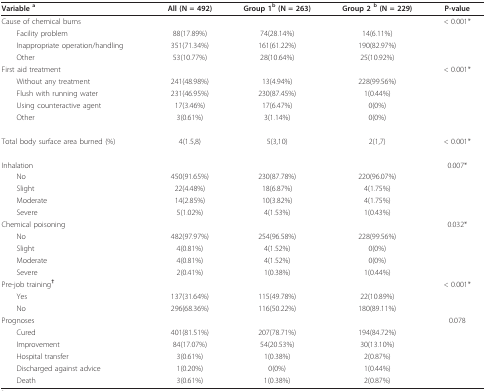
<table><thead><tr><td><b>Variable <sup>a</sup></b></td><td><b>All (N = 492)</b></td><td><b>Group 1<sup>b </sup>(N = 263)</b></td><td><b>Group 2 <sup>b </sup>(N = 229)</b></td><td><b>P-value</b></td></tr></thead><tbody><tr><td>Cause of chemical burns</td><td></td><td></td><td></td><td>&lt; 0.001*</td></tr><tr><td> Facility problem</td><td>88(17.89%)</td><td>74(28.14%)</td><td>14(6.11%)</td><td></td></tr><tr><td> Inappropriate operation/handling</td><td>351(71.34%)</td><td>161(61.22%)</td><td>190(82.97%)</td><td></td></tr><tr><td> Other</td><td>53(10.77%)</td><td>28(10.64%)</td><td>25(10.92%)</td><td></td></tr><tr><td>First aid treatment</td><td></td><td></td><td></td><td>&lt; 0.001*</td></tr><tr><td> Without any treatment</td><td>241(48.98%)</td><td>13(4.94%)</td><td>228(99.56%)</td><td></td></tr><tr><td> Flush with running water</td><td>231(46.95%)</td><td>230(87.45%)</td><td>1(0.44%)</td><td></td></tr><tr><td> Using counteractive agent</td><td>17(3.46%)</td><td>17(6.47%)</td><td>0(0%)</td><td></td></tr><tr><td> Other</td><td>3(0.61%)</td><td>3(1.14%)</td><td>0(0%)</td><td></td></tr><tr><td>Total body surface area burned (%)</td><td>4(1.5,8)</td><td>5(3,10)</td><td>2(1,7)</td><td>&lt; 0.001*</td></tr><tr><td>Inhalation</td><td></td><td></td><td></td><td>0.007*</td></tr><tr><td> No</td><td>450(91.65%)</td><td>230(87.78%)</td><td>220(96.07%)</td><td></td></tr><tr><td> Slight</td><td>22(4.48%)</td><td>18(6.87%)</td><td>4(1.75%)</td><td></td></tr><tr><td> Moderate</td><td>14(2.85%)</td><td>10(3.82%)</td><td>4(1.75%)</td><td></td></tr><tr><td> Severe</td><td>5(1.02%)</td><td>4(1.53%)</td><td>1(0.43%)</td><td></td></tr><tr><td>Chemical poisoning</td><td></td><td></td><td></td><td>0.032*</td></tr><tr><td> No</td><td>482(97.97%)</td><td>254(96.58%)</td><td>228(99.56%)</td><td></td></tr><tr><td> Slight</td><td>4(0.81%)</td><td>4(1.52%)</td><td>0(0%)</td><td></td></tr><tr><td> Moderate</td><td>4(0.81%)</td><td>4(1.52%)</td><td>0(0%)</td><td></td></tr><tr><td> Severe</td><td>2(0.41%)</td><td>1(0.38%)</td><td>1(0.44%)</td><td></td></tr><tr><td>Pre-job training<sup><b>†</b></sup></td><td></td><td></td><td></td><td>&lt; 0.001*</td></tr><tr><td> Yes</td><td>137(31.64%)</td><td>115(49.78%)</td><td>22(10.89%)</td><td></td></tr><tr><td> No</td><td>296(68.36%)</td><td>116(50.22%)</td><td>180(89.11%)</td><td></td></tr><tr><td>Prognoses</td><td></td><td></td><td></td><td>0.078</td></tr><tr><td> Cured</td><td>401(81.51%)</td><td>207(78.71%)</td><td>194(84.72%)</td><td></td></tr><tr><td> Improvement</td><td>84(17.07%)</td><td>54(20.53%)</td><td>30(13.10%)</td><td></td></tr><tr><td> Hospital transfer</td><td>3(0.61%)</td><td>1(0.38%)</td><td>2(0.87%)</td><td></td></tr><tr><td> Discharged against advice</td><td>1(0.20%)</td><td>0(0%)</td><td>1(0.44%)</td><td></td></tr><tr><td> Death</td><td>3(0.61%)</td><td>1(0.38%)</td><td>2(0.87%)</td><td></td></tr></tbody></table>